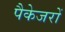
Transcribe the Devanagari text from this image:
पैकेजरों